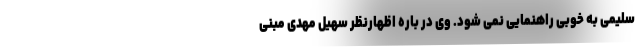
سلیمی به خوبی راهنمایی نمی شود. وی در باره اظهارنظر سهیل مهدی مبنی